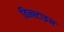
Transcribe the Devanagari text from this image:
विन्स्टाइन